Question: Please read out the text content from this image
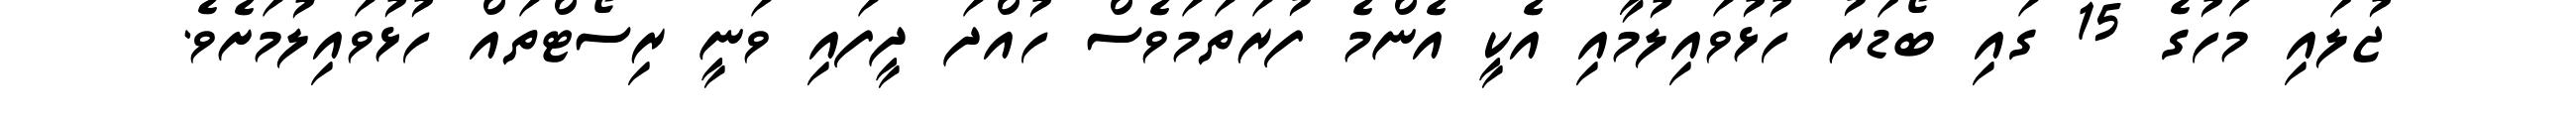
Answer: ޖުލައި މަހުގެ 15 ގައި ބޯޑަރު ހުޅުވައިލުމާއި އެކީ އެންމެ ފުރަތަމަވެސް ހުއްދަ ދީފައި ވަނީ ރިސޯޓްތައް ހުޅުވައިލުމަށެވެ.